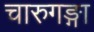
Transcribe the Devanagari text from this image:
चारुगङ्गा